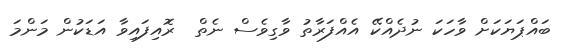
ބައްޕަޔަކަށް ވާހަކަ ނުދެއްކޭ އެއްފަރާތު ވާގިވެސް ނެތް  ރޮއިފައިވާ އަޑަކުން މަންމަ